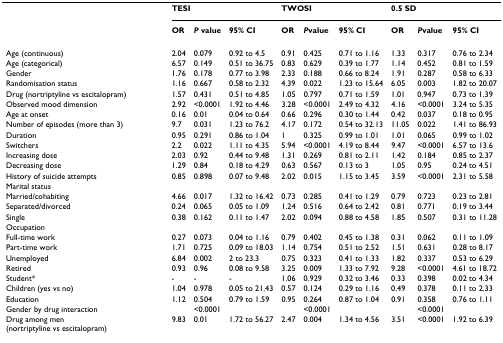
<table><thead><tr><td></td><td colspan="3"><b>TESI</b></td><td colspan="3"><b>TWOSI</b></td><td colspan="3"><b>0.5 SD</b></td></tr><tr><td></td><td><b>OR</b></td><td><b><i>P </i>value</b></td><td><b>95% CI</b></td><td><b>OR</b></td><td><b><i>P</i>value</b></td><td><b>95% CI</b></td><td><b>OR</b></td><td><b><i>P</i>value</b></td><td><b>95% CI</b></td></tr></thead><tbody><tr><td>Age (continuous)</td><td>2.04</td><td>0.079</td><td>0.92 to 4.5</td><td>0.91</td><td>0.425</td><td>0.71 to 1.16</td><td>1.33</td><td>0.317</td><td>0.76 to 2.34</td></tr><tr><td>Age (categorical)</td><td>6.57</td><td>0.149</td><td>0.51 to 36.75</td><td>0.83</td><td>0.629</td><td>0.39 to 1.77</td><td>1.14</td><td>0.452</td><td>0.81 to 1.59</td></tr><tr><td>Gender</td><td>1.76</td><td>0.178</td><td>0.77 to 3.98</td><td>2.33</td><td>0.188</td><td>0.66 to 8.24</td><td>1.91</td><td>0.287</td><td>0.58 to 6.33</td></tr><tr><td>Randomisation status</td><td>1.16</td><td>0.667</td><td>0.58 to 2.32</td><td>4.39</td><td>0.022</td><td>1.23 to 15.64</td><td>6.05</td><td>0.003</td><td>1.82 to 20.07</td></tr><tr><td>Drug (nortriptyline vs escitalopram)</td><td>1.57</td><td>0.431</td><td>0.51 to 4.85</td><td>1.05</td><td>0.797</td><td>0.71 to 1.59</td><td>1.01</td><td>0.947</td><td>0.73 to 1.39</td></tr><tr><td>Observed mood dimension</td><td>2.92</td><td>&lt;0.0001</td><td>1.92 to 4.46</td><td>3.28</td><td>&lt;0.0001</td><td>2.49 to 4.32</td><td>4.16</td><td>&lt;0.0001</td><td>3.24 to 5.35</td></tr><tr><td>Age at onset</td><td>0.16</td><td>0.01</td><td>0.04 to 0.64</td><td>0.66</td><td>0.296</td><td>0.30 to 1.44</td><td>0.42</td><td>0.037</td><td>0.18 to 0.95</td></tr><tr><td>Number of episodes (more than 3)</td><td>9.7</td><td>0.031</td><td>1.23 to 76.2</td><td>4.17</td><td>0.172</td><td>0.54 to 32.13</td><td>11.05</td><td>0.022</td><td>1.41 to 86.93</td></tr><tr><td>Duration</td><td>0.95</td><td>0.291</td><td>0.86 to 1.04</td><td>1</td><td>0.325</td><td>0.99 to 1.01</td><td>1.01</td><td>0.065</td><td>0.99 to 1.02</td></tr><tr><td>Switchers</td><td>2.2</td><td>0.022</td><td>1.11 to 4.35</td><td>5.94</td><td>&lt;0.0001</td><td>4.19 to 8.44</td><td>9.47</td><td>&lt;0.0001</td><td>6.57 to 13.6</td></tr><tr><td>Increasing dose</td><td>2.03</td><td>0.92</td><td>0.44 to 9.48</td><td>1.31</td><td>0.269</td><td>0.81 to 2.11</td><td>1.42</td><td>0.184</td><td>0.85 to 2.37</td></tr><tr><td>Decreasing dose</td><td>1.29</td><td>0.84</td><td>0.18 to 4.29</td><td>0.63</td><td>0.567</td><td>0.13 to 3</td><td>1.05</td><td>0.95</td><td>0.24 to 4.51</td></tr><tr><td>History of suicide attempts</td><td>0.85</td><td>0.898</td><td>0.07 to 9.48</td><td>2.02</td><td>0.015</td><td>1.15 to 3.45</td><td>3.59</td><td>&lt;0.0001</td><td>2.31 to 5.58</td></tr><tr><td>Marital status</td><td></td><td></td><td></td><td></td><td></td><td></td><td></td><td></td><td></td></tr><tr><td>Married/cohabiting</td><td>4.66</td><td>0.017</td><td>1.32 to 16.42</td><td>0.73</td><td>0.285</td><td>0.41 to 1.29</td><td>0.79</td><td>0.723</td><td>0.23 to 2.81</td></tr><tr><td>Separated/divorced</td><td>0.24</td><td>0.065</td><td>0.05 to 1.09</td><td>1.24</td><td>0.516</td><td>0.64 to 2.42</td><td>0.81</td><td>0.771</td><td>0.19 to 3.44</td></tr><tr><td>Single</td><td>0.38</td><td>0.162</td><td>0.11 to 1.47</td><td>2.02</td><td>0.094</td><td>0.88 to 4.58</td><td>1.85</td><td>0.507</td><td>0.31 to 11.28</td></tr><tr><td>Occupation</td><td></td><td></td><td></td><td></td><td></td><td></td><td></td><td></td><td></td></tr><tr><td>Full-time work</td><td>0.27</td><td>0.073</td><td>0.04 to 1.16</td><td>0.79</td><td>0.402</td><td>0.45 to 1.38</td><td>0.31</td><td>0.062</td><td>0.11 to 1.09</td></tr><tr><td>Part-time work</td><td>1.71</td><td>0.725</td><td>0.09 to 18.03</td><td>1.14</td><td>0.754</td><td>0.51 to 2.52</td><td>1.51</td><td>0.631</td><td>0.28 to 8.17</td></tr><tr><td>Unemployed</td><td>6.84</td><td>0.002</td><td>2 to 23.3</td><td>0.75</td><td>0.323</td><td>0.41 to 1.33</td><td>1.82</td><td>0.337</td><td>0.53 to 6.29</td></tr><tr><td>Retired</td><td>0.93</td><td>0.96</td><td>0.08 to 9.58</td><td>3.25</td><td>0.009</td><td>1.33 to 7.92</td><td>9.28</td><td>&lt;0.0001</td><td>4.61 to 18.72</td></tr><tr><td>Student*</td><td>-</td><td>-</td><td>-</td><td>1.06</td><td>0.929</td><td>0.32 to 3.46</td><td>0.33</td><td>0.398</td><td>0.02 to 4.34</td></tr><tr><td>Children (yes vs no)</td><td>1.04</td><td>0.978</td><td>0.05 to 21.43</td><td>0.57</td><td>0.124</td><td>0.29 to 1.16</td><td>0.49</td><td>0.378</td><td>0.11 to 2.33</td></tr><tr><td>Education</td><td>1.12</td><td>0.504</td><td>0.79 to 1.59</td><td>0.95</td><td>0.264</td><td>0.87 to 1.04</td><td>0.91</td><td>0.358</td><td>0.76 to 1.11</td></tr><tr><td>Gender by drug interaction</td><td></td><td>&lt;0.0001</td><td></td><td></td><td>&lt;0.0001</td><td></td><td></td><td>&lt;0.0001</td><td></td></tr><tr><td>Drug among men (nortriptyline vs escitalopram)</td><td>9.83</td><td>0.01</td><td>1.72 to 56.27</td><td>2.47</td><td>0.004</td><td>1.34 to 4.56</td><td>3.51</td><td>&lt;0.0001</td><td>1.92 to 6.39</td></tr></tbody></table>